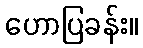
ဟောပြခန်း။